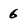
Character: 6